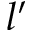
l ^ { \prime }